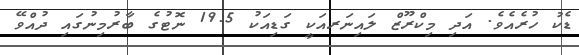
ޑެކު ހުރެއެވެ. އަދި މިކްރޫޒް ލައިނަރއަކީ ގަޑިއަކު 19.5 ނޮޓުގެ ބާރުމިނުގައި ދުއްވޭ